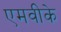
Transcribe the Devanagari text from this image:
एमवीके